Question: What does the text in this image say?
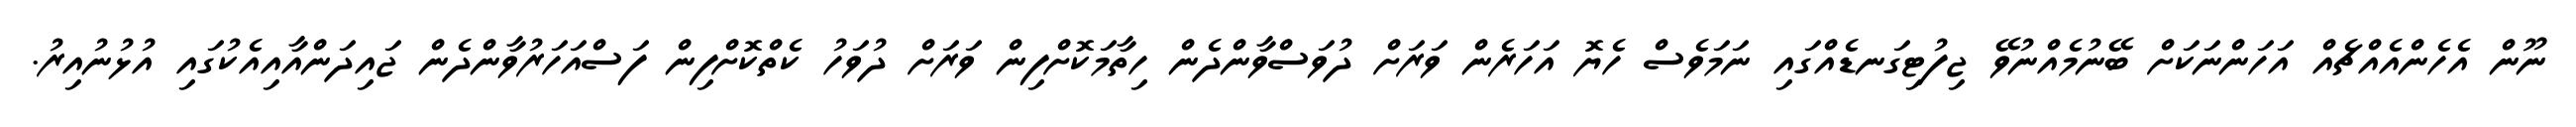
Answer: ނޫން އެހެންއެއްޗެއް އަހަންނަކަށް ބޭނުމެއްނުވޭ ޖިފުޓިގަނޑެއްގައި ނަމަވެސް ހެޔޮ އަހަރެން ވަރަށް ދުވަސްވާންދެން ހިތާމަކޮށްފިން ވަރަށް ދުވަހު ކެތްކޮށްފިން ފަސްއަހަރުވާންދެން ޖައިދަންއާއިއެކުގައި އުޅުނުއިރު.